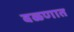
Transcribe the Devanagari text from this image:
वळणात